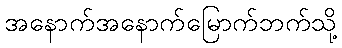
အနောက်အနောက်မြောက်ဘက်သို့